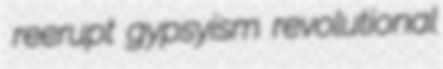
reerupt gypsyism revolutional